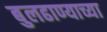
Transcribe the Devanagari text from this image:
बुलढाण्याच्या